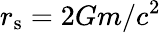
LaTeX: r_{\mathrm{s}}={2Gm}/{c^{2}}